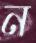
ন